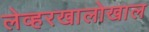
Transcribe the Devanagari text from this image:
लेव्हरखालोखाल